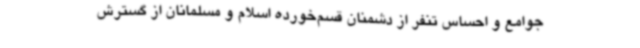
جوامع و احساس تنفر از دشمنان قسم‌خورده اسلام و مسلمانان از گسترش